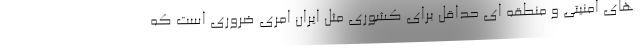
های امنیتی و منطقه ای حداقل برای کشوری مثل ایران امری ضروری است که